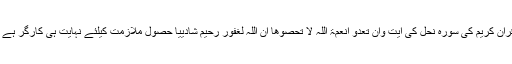
قرآن کریم کی سورہ نحل کی آیت وان تعدو انعمۃ اللہ لا تحصوھا ان اللہ لغفور رحیم شادییا حصول ملازمت کیلئے نہایت ہی کارگر ہے ۔